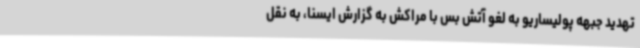
تهدید جبهه پولیساریو به لغو آتش بس با مراکش به گزارش ایسنا، به نقل